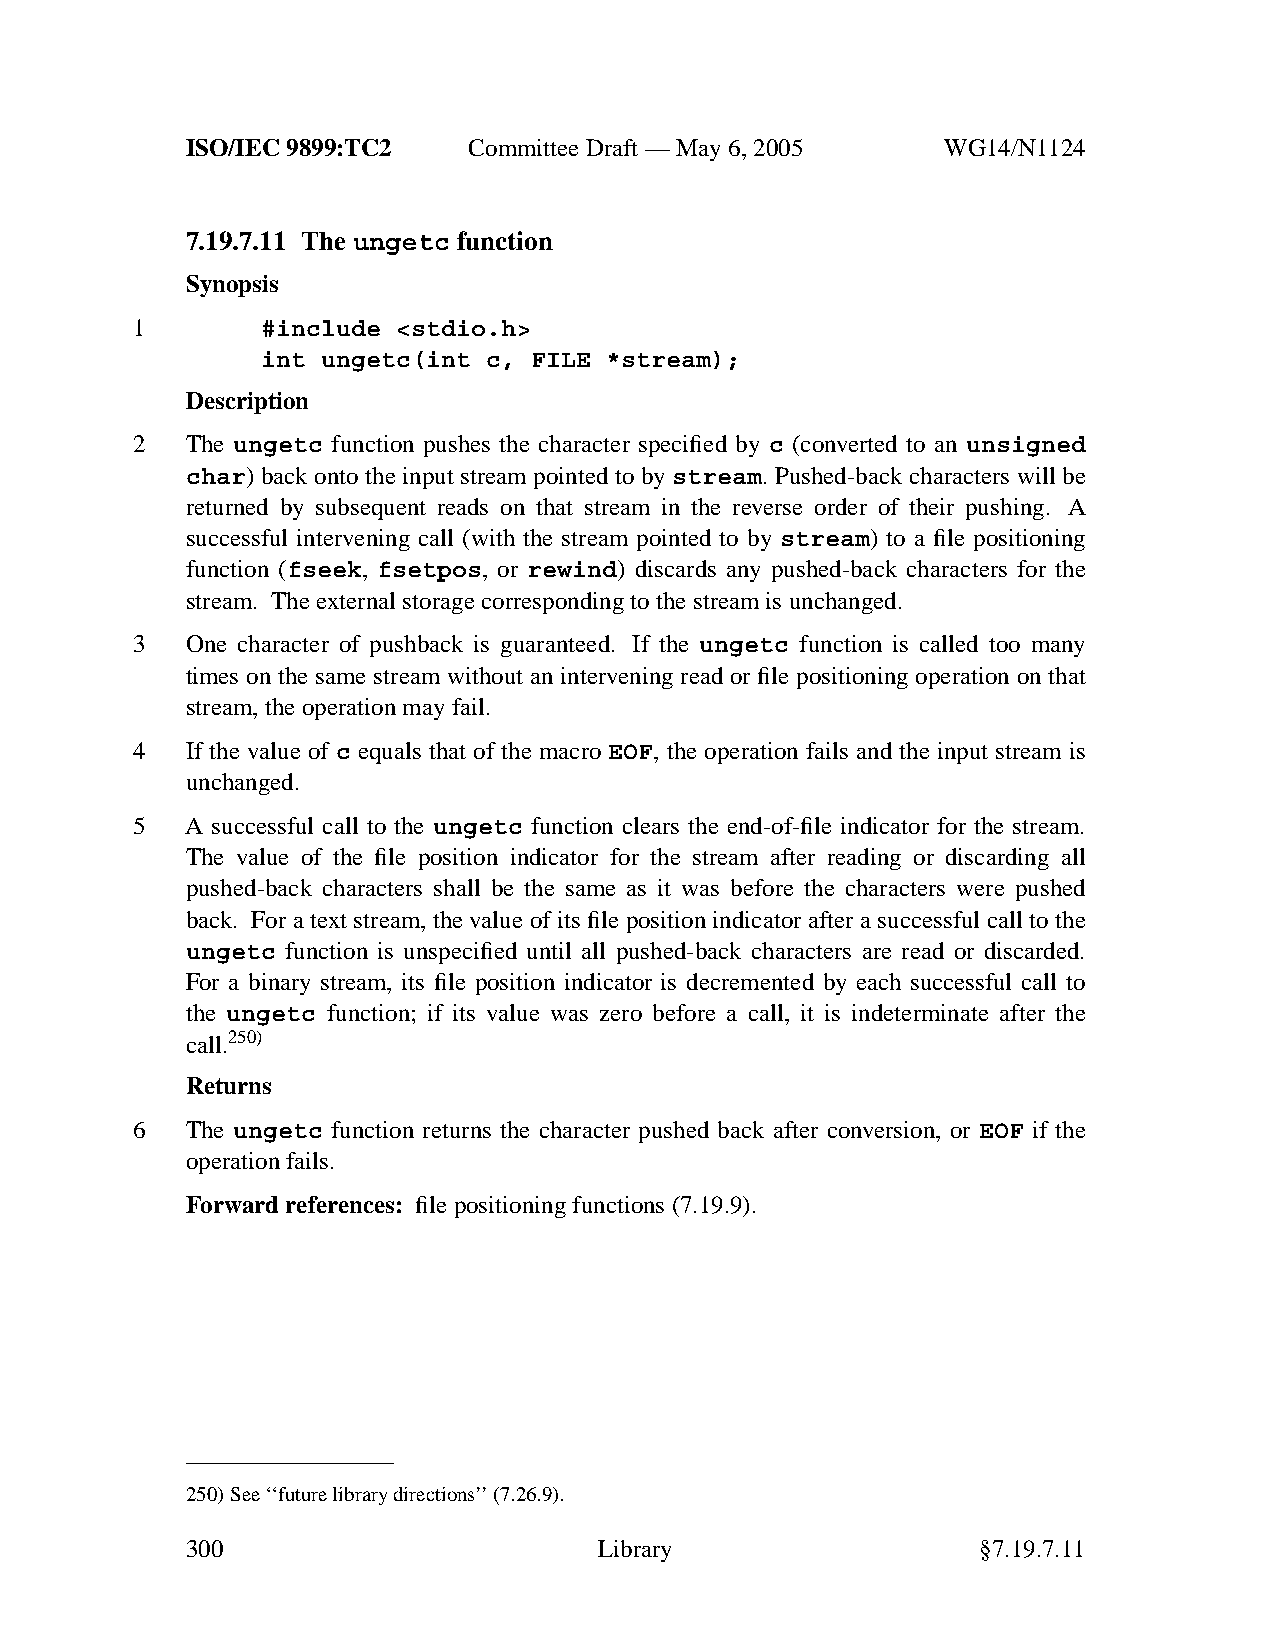
ISO/IEC 9899:TC2   Committee Draft — May 6, 2005   WG14/N1124
 7.19.7.11 The ungetc function
 Synopsis
 1       #include <stdio.h>
 int ungetc(int c, FILE *stream);
 Description
 2  The ungetc function pushes the character specified by c (converted to an unsigned
 char) back onto the input stream pointed to by stream. Pushed-back characters will be
 returned by subsequent reads on that stream in the reverse order of their pushing. A
 successful intervening call (with the stream pointed to by stream) to a file positioning
 function (fseek, fsetpos, or rewind) discards any pushed-back characters for the
 stream. Theexternal storage corresponding to the stream is unchanged.
 3  One character of pushback is guaranteed. If the ungetc function is called too many
 times on the same stream without an intervening read or file positioning operation on that
 stream, the operation may fail.
 4  If the value of c equals that of the macro EOF, the operation fails and the input stream is
 unchanged.
 5  A successful call to the ungetc function clears the end-of-file indicator for the stream.
 The value of the file position indicator for the stream after reading or discarding all
 pushed-back characters shall be the same as it was before the characters were pushed
 back. For a text stream, the value of its file position indicator after a successful call to the
 ungetc function is unspecified until all pushed-back characters are read or discarded.
 For a binary stream, its file position indicator is decremented by each successful call to
 the ungetc function; if its value was zero before a call, it is indeterminate after the
 call.250)
 Returns
 6  The ungetc function returns the character pushed back after conversion, or EOF if the
 operation fails.
 Forward references: file positioning functions (7.19.9).
 250)See ‘‘future library directions’’(7.26.9).
 300                         Library                  §7.19.7.11